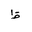
Letter: _za